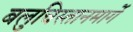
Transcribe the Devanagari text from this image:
बलुचिस्तानमार्गे